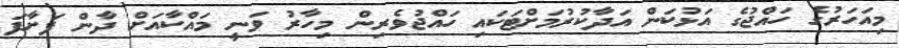
މިއަހަރުގެ ހައްޖުގެ އަޅުކަން އަދާކުރުމަށްޓަކައި ހައްޖުވެރިން މިހާރު ވަނީ މައްކާއަށް ދާން ފަށާފަ